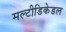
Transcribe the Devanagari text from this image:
मल्टीडिकेडल